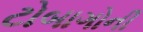
ટોબાગોની